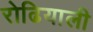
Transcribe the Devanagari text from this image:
रोढियाली